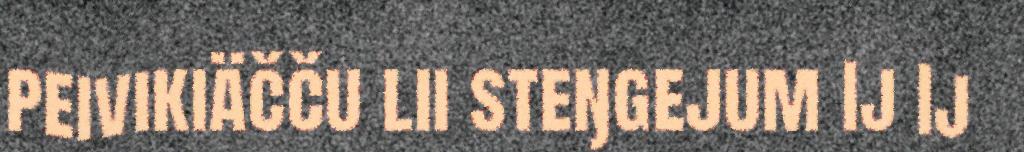
peivikiäčču lii steŋgejum Ij Ij